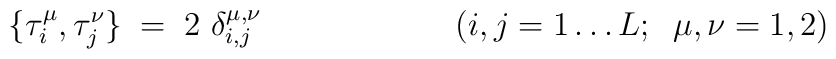
\{\tau_{i}^{\mu},\tau_{j}^{\nu}\} \;=\;2\ \delta_{i,j}^{\mu,\nu} \;\;\;\;\;\;\;\;\;\;\;\;\;\;\;\;\;\;\;\;\;(i,j=1 \ldots L;\;\;\mu,\nu=1,2)